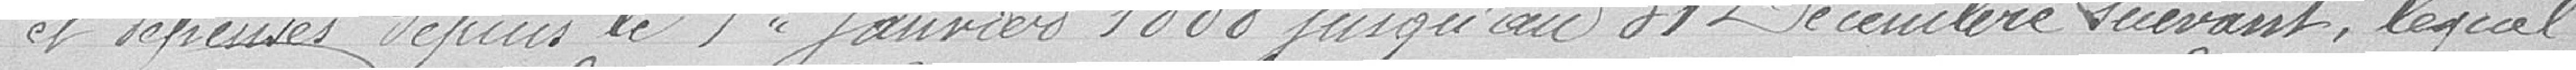
et dépenses depuis le 1er janvier 1888 jusqu'au 31 décembre suivant, lequel